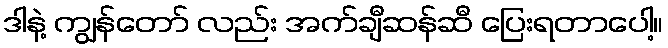
ဒါနဲ့ ကျွန်တော် လည်း အက်ချီဆန်ဆီ ပြေးရတာပေါ့။